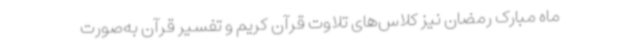
ماه مبارک رمضان نیز کلاس‌های تلاوت قرآن کریم و تفسیر قرآن به‌صورت